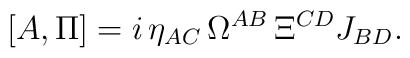
[A,\Pi]=i\,\eta_{AC}\,\Omega^{AB}\,\Xi^{CD}J_{BD}.